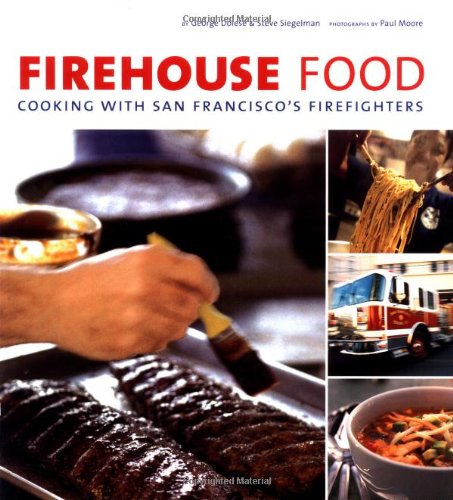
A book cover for Firehouse Food: Cooking with San Francisco's Firefighters; George Dolese; Cookbooks, Food & Wine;